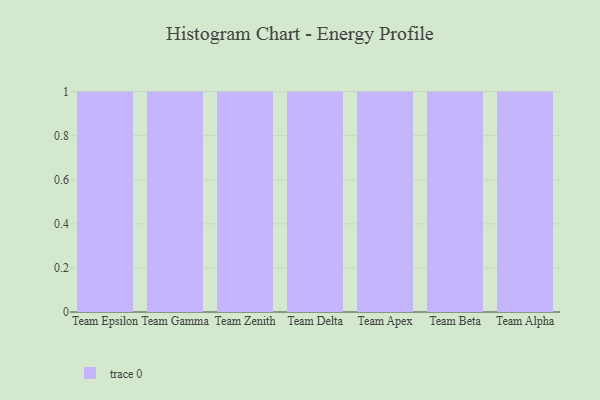
{"axis": {"x": "Team", "y": "Humidity (%)"}, "legend": [""], "data": [{"x": "Team Epsilon", "y": 15, "type": ""}, {"x": "Team Gamma", "y": 37, "type": ""}, {"x": "Team Zenith", "y": 62, "type": ""}, {"x": "Team Delta", "y": 26, "type": ""}, {"x": "Team Apex", "y": 5, "type": ""}, {"x": "Team Beta", "y": 54, "type": ""}, {"x": "Team Alpha", "y": 36, "type": ""}]}